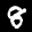
Label: 8